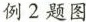
例2题图